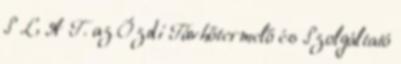
S L A T. az Ózdi Távhőtermelő és Szolgáltató